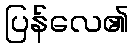
ပြန်လေ၏